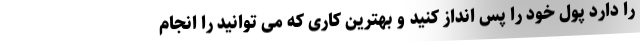
را دارد پول خود را پس انداز کنید و بهترین کاری که می توانید را انجام